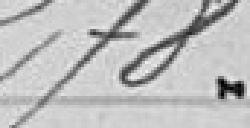
278